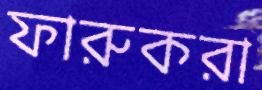
ফারুকরা